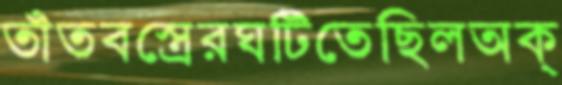
তাঁতবস্ত্রেরঘটিতেছিলঅক্